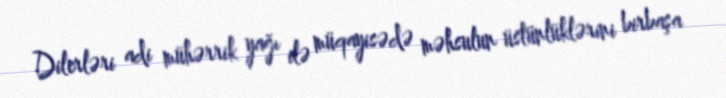
Dilerləri adi mühərrik yağı ilə müqayisədə məhsulun üstünlüklərini birbaşa